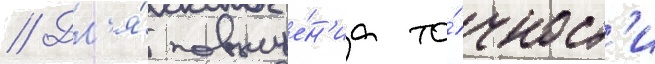
// Дл'я́ повыше́н'иа то́чност'и